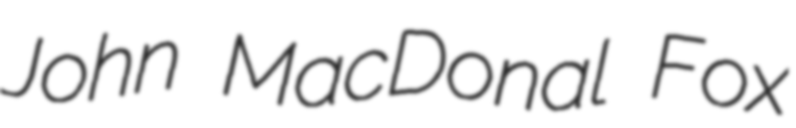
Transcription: John MacDonal Fox